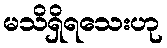
မသိရှိရသေးဟု